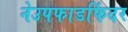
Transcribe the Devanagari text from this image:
नेउपफाडफिंदर